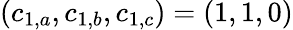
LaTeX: (c_{1,a},c_{1,b},c_{1,c})=(1,1,0)